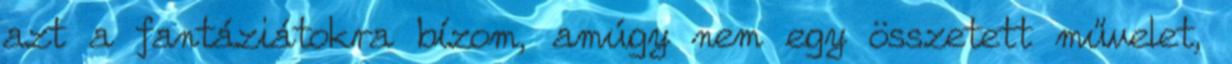
azt a fantáziátokra bízom, amúgy nem egy összetett művelet,